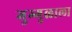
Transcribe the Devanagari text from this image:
गुग्गुळाला